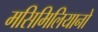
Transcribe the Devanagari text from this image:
मसिमिलियानो